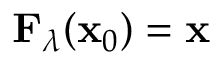
\mathbf { F } _ { \lambda } ( \mathbf { x } _ { 0 } ) = \mathbf { x }